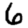
Digit: 6